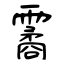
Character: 霱